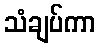
သံချပ်ကာ